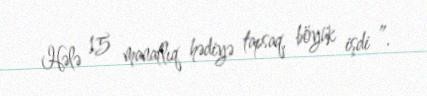
Hələ 15 manatlıq hədiyə tapsaq, böyük işdi ”.